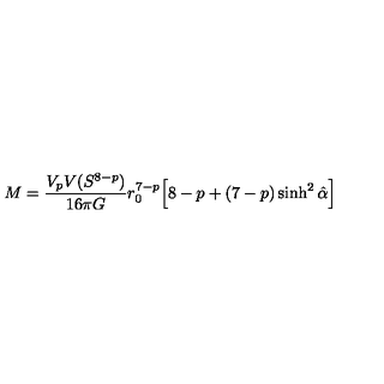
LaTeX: M = \frac { V _ { p } V ( S ^ { 8 - p } ) } { 1 6 \pi G } r _ { 0 } ^ { 7 - p } \Big [ 8 - p + ( 7 - p ) \sinh ^ { 2 } \hat { \alpha } \Big ]